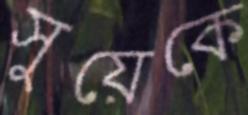
সুয়েকে